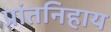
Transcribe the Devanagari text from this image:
प्रांतनिहाय